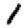
Digit: 1